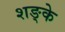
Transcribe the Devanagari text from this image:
शङ्के